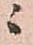
ニ